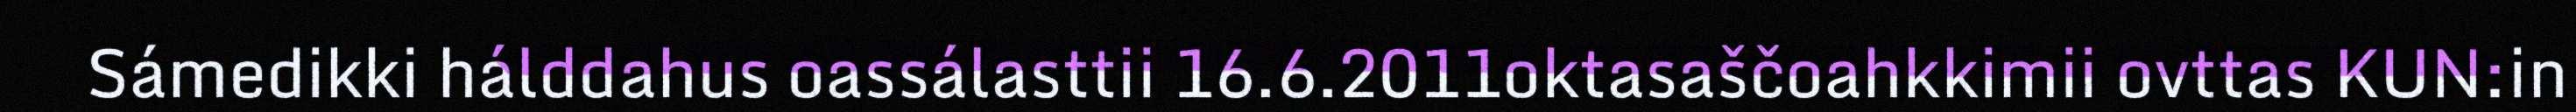
Sámedikki hálddahus oassálasttii 16.6.2011oktasaščoahkkimii ovttas KUN:in